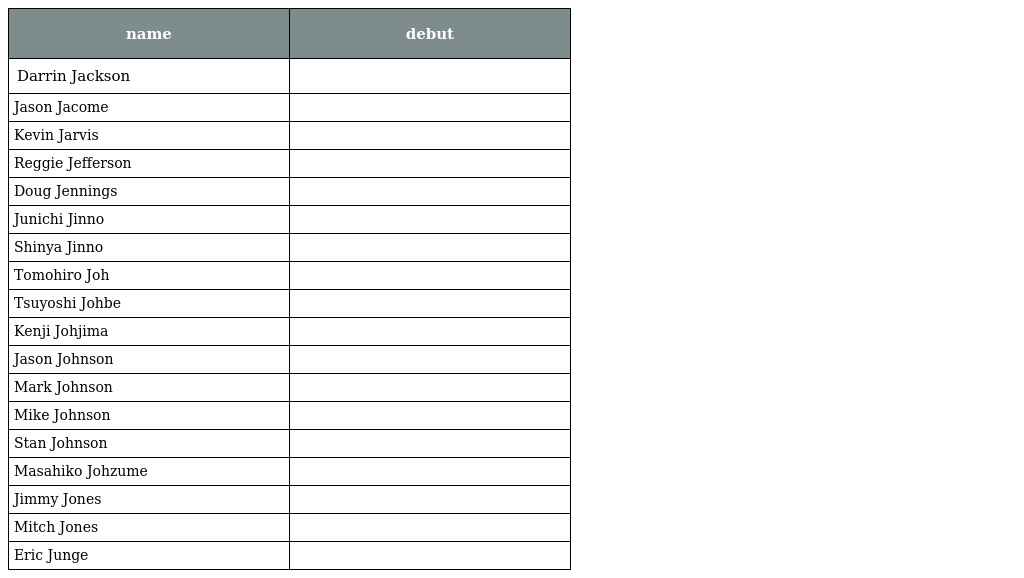
| name | debut |
 | --- | --- |
 | Darrin Jackson |  |
 | Jason Jacome |  |
 | Kevin Jarvis |  |
 | Reggie Jefferson |  |
 | Doug Jennings |  |
 | Junichi Jinno |  |
 | Shinya Jinno |  |
 | Tomohiro Joh |  |
 | Tsuyoshi Johbe |  |
 | Kenji Johjima |  |
 | Jason Johnson |  |
 | Mark Johnson |  |
 | Mike Johnson |  |
 | Stan Johnson |  |
 | Masahiko Johzume |  |
 | Jimmy Jones |  |
 | Mitch Jones |  |
 | Eric Junge |  |